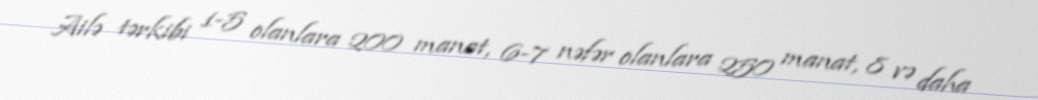
Ailə tərkibi 1-5 olanlara 200 manat, 6-7 nəfər olanlara 250 manat, 8 və daha